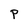
Character: P